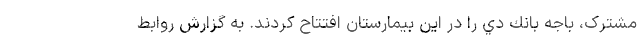
مشترک، باجه بانك دي را در اين بيمارستان افتتاح كردند. به گزارش روابط